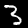
Label: 3